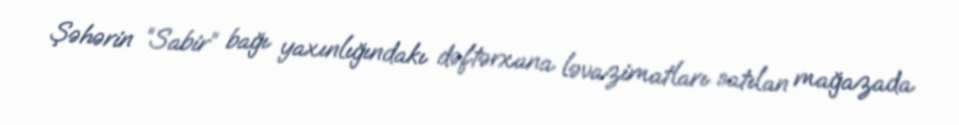
Şəhərin “Sabir” bağı yaxınlığındakı dəftərxana ləvazimatları satılan mağazada